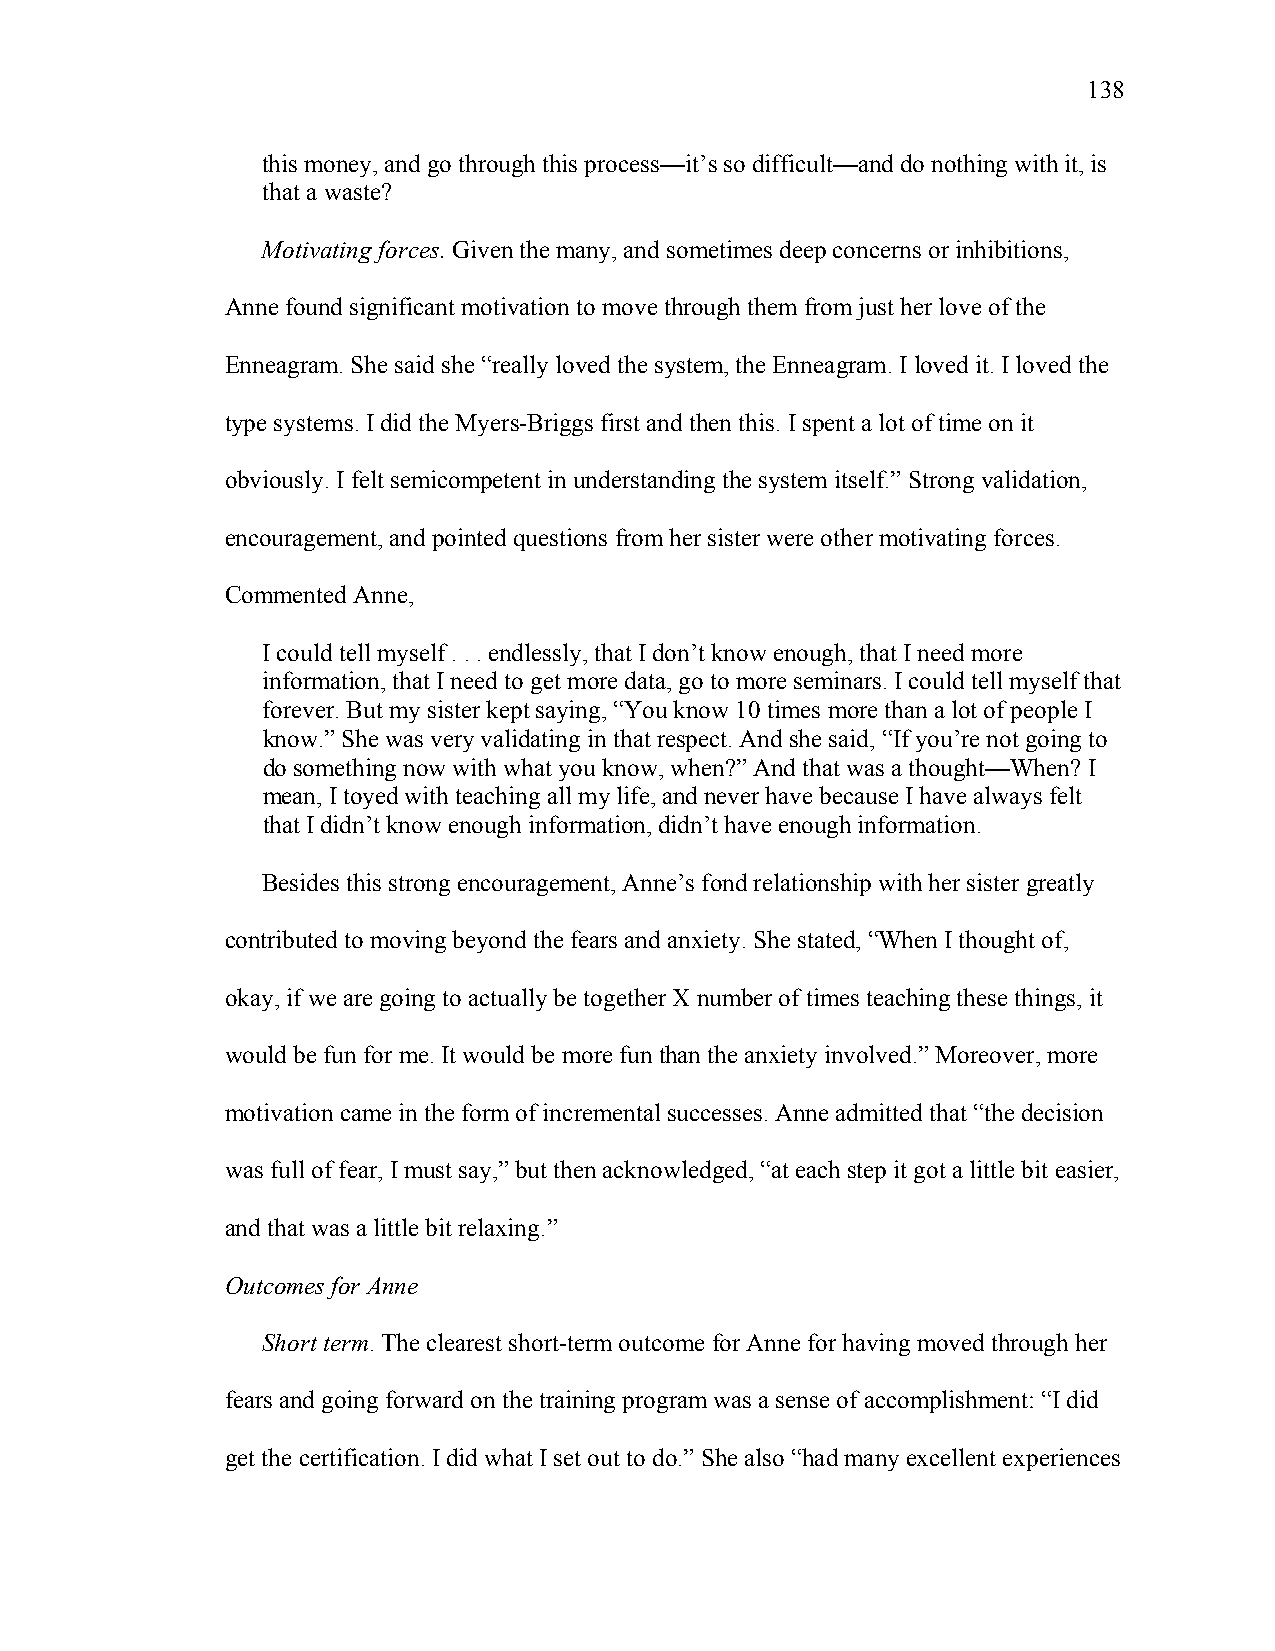
138
 this money, and go through this process—it’s so difficult—and do nothing with it, is
 that a waste?
 Motivating forces. Given the many, and sometimes deep concerns or inhibitions,
 Anne found significant motivation to move through them from just her love of the
 Enneagram. She said she “really loved the system, the Enneagram. I loved it. I loved the
 type systems. I did the Myers-Briggs first and then this. I spent a lot of time on it
 obviously. I felt semicompetent in understanding the system itself.” Strong validation,
 encouragement, and pointed questions from her sister were other motivating forces.
 Commented Anne,
 I could tell myself . . . endlessly, that I don’t know enough, that I need more
 information, that I need to get more data, go to more seminars. I could tell myself that
 forever. But my sister kept saying, “You know 10 times more than a lot of people I
 know.” She was very validating in that respect. And she said, “If you’re not going to
 do something now with what you know, when?” And that was a thought—When? I
 mean, I toyed with teaching all my life, and never have because I have always felt
 that I didn’t know enough information, didn’t have enough information.
 Besides this strong encouragement, Anne’s fond relationship with her sister greatly
 contributed to moving beyond the fears and anxiety. She stated, “When I thought of,
 okay, if we are going to actually be together X number of times teaching these things, it
 would be fun for me. It would be more fun than the anxiety involved.” Moreover, more
 motivation came in the form of incremental successes. Anne admitted that “the decision
 was full of fear, I must say,” but then acknowledged, “at each step it got a little bit easier,
 and that was a little bit relaxing.”
 Outcomes for Anne
 Short term. The clearest short-term outcome for Anne for having moved through her
 fears and going forward on the training program was a sense of accomplishment: “I did
 get the certification. I did what I set out to do.” She also “had many excellent experiences